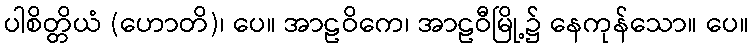
ပါစိတ္တိယံ (ဟောတိ)၊ ပေ။ အာဠဝိကေ၊ အာဠဝီမြို့၌ နေကုန်သော။ ပေ။